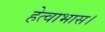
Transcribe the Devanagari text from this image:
हेत्वाभास।